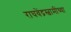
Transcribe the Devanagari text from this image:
राघवेंद्रस्वामींच्या